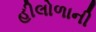
હીલોળાની